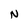
Character: N